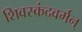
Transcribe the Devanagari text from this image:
शिवस्कंदवर्मन्